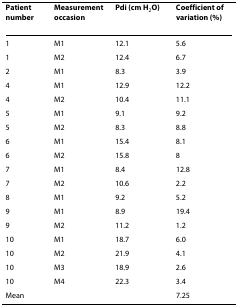
<table><thead><tr><td><b>Patient number</b></td><td><b>Measurement occasion</b></td><td><b>Pdi (cm H<sub>2</sub>O)</b></td><td><b>Coefficient of variation (%)</b></td></tr></thead><tbody><tr><td>1</td><td>M1</td><td>12.1</td><td>5.6</td></tr><tr><td>1</td><td>M2</td><td>12.4</td><td>6.7</td></tr><tr><td>2</td><td>M1</td><td>8.3</td><td>3.9</td></tr><tr><td>4</td><td>M1</td><td>12.9</td><td>12.2</td></tr><tr><td>4</td><td>M2</td><td>10.4</td><td>11.1</td></tr><tr><td>5</td><td>M1</td><td>9.1</td><td>9.2</td></tr><tr><td>5</td><td>M2</td><td>8.3</td><td>8.8</td></tr><tr><td>6</td><td>M1</td><td>15.4</td><td>8.1</td></tr><tr><td>6</td><td>M2</td><td>15.8</td><td>8</td></tr><tr><td>7</td><td>M1</td><td>8.4</td><td>12.8</td></tr><tr><td>7</td><td>M2</td><td>10.6</td><td>2.2</td></tr><tr><td>8</td><td>M1</td><td>9.2</td><td>5.2</td></tr><tr><td>9</td><td>M1</td><td>8.9</td><td>19.4</td></tr><tr><td>9</td><td>M2</td><td>11.2</td><td>1.2</td></tr><tr><td>10</td><td>M1</td><td>18.7</td><td>6.0</td></tr><tr><td>10</td><td>M2</td><td>21.9</td><td>4.1</td></tr><tr><td>10</td><td>M3</td><td>18.9</td><td>2.6</td></tr><tr><td>10</td><td>M4</td><td>22.3</td><td>3.4</td></tr><tr><td>Mean</td><td></td><td></td><td>7.25</td></tr></tbody></table>